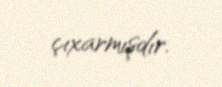
çıxarmışdır.